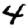
Digit: 4